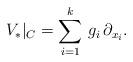
LaTeX: \begin{align*}V_*|_C= \sum_{i=1}^{k}\,g_i\, \partial_{x_i}.\end{align*}